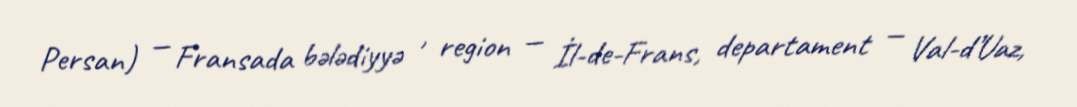
Persan) — Fransada bələdiyyə , region — İl-de-Frans, departament — Val-d’Uaz,